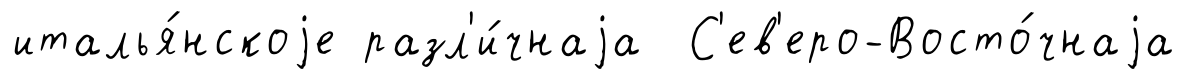
италья́нскоjе разл'и́чнаjа С'ев'еро-Восто́чнаjа